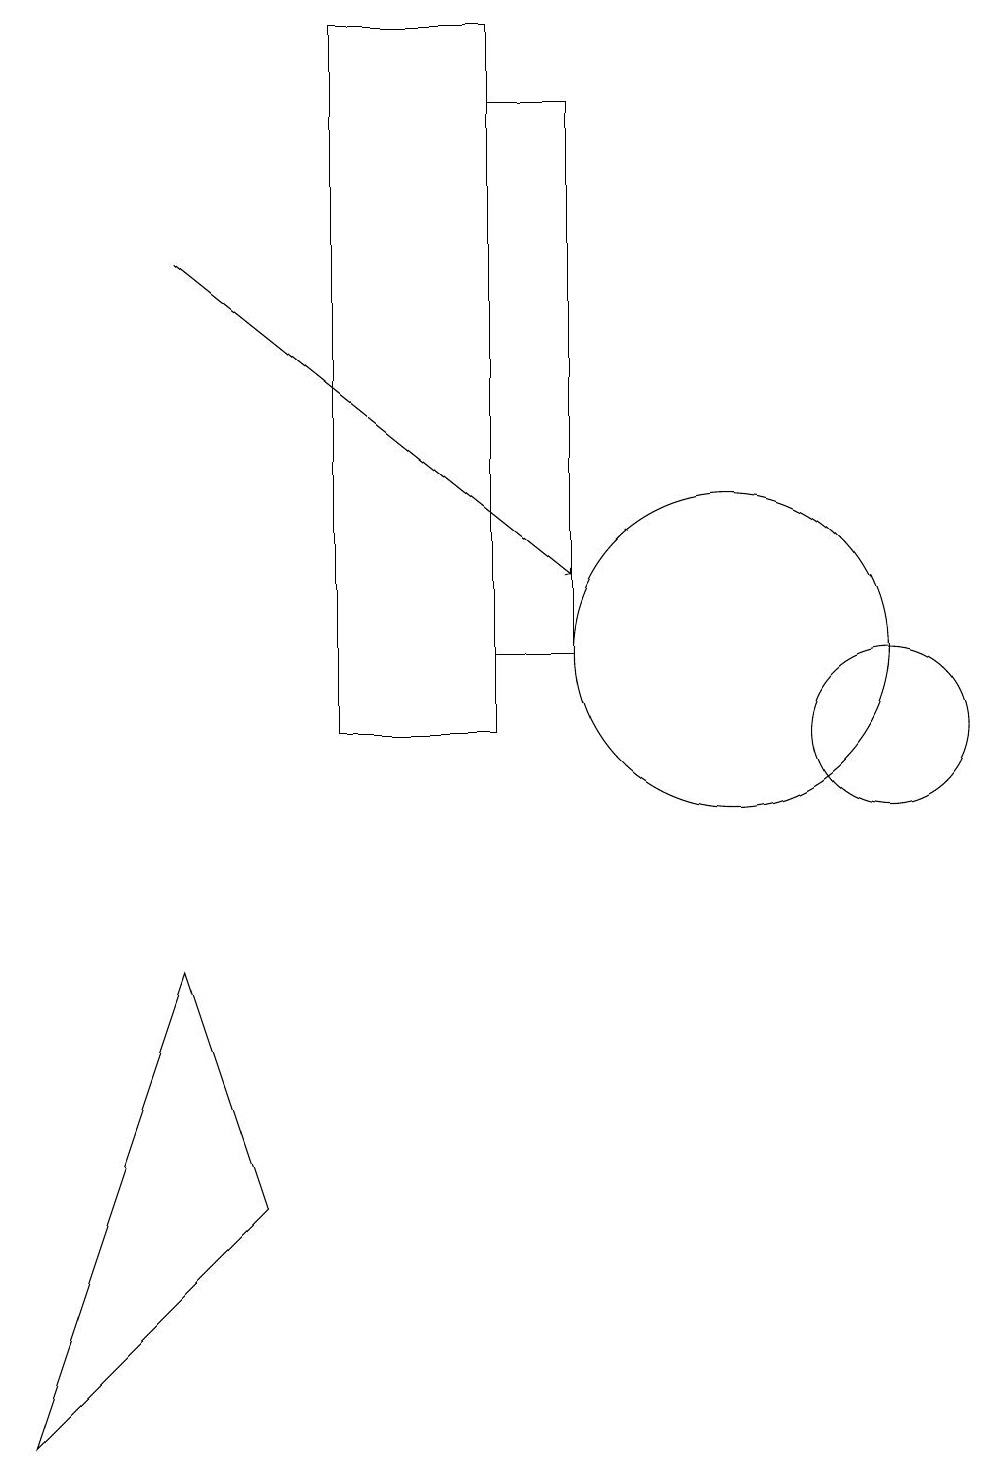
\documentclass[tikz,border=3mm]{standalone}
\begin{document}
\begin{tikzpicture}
\draw (7,19) rectangle (5,10);
\draw[->] (3,16) -- (8,12);
\draw (12,10) circle (1);
\draw (3,7) -- (1,1) -- (4,4) -- cycle;
\draw (10,11) circle (2);
\draw (8,18) rectangle (7,11);
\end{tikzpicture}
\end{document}